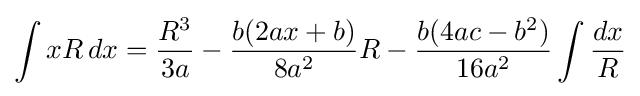
\int xR\,dx={\frac {R^{3}}{3a}}-{\frac {b(2ax+b)}{8a^{2}}}R-{\frac {b(4ac-b^{2})}{16a^{2}}}\int {\frac {dx}{R}}